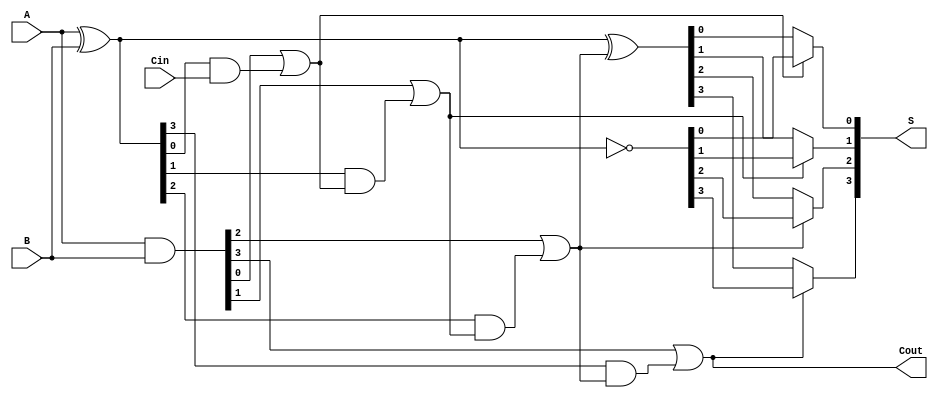
module ConditionalSumAdder #(parameter n = 4) (
    input  [n-1:0] A,      // First n-bit input
    input  [n-1:0] B,      // Second n-bit input
    input         Cin,      // Carry-in
    output [n-1:0] S,      // n-bit sum output
    output        Cout      // Carry-out
);

    // Generate and Propagate signals
    wire [n-1:0] G; // Generate signals
    wire [n-1:0] P; // Propagate signals
    wire [n:0] C;   // Carry signals

    // Generate and Propagate calculations
    assign G = A & B;          // G[i] = A[i] & B[i]
    assign P = A ^ B;          // P[i] = A[i] ^ B[i]

    // Carry signal calculations
    assign C[0] = Cin;         // C[0] = Cin
    genvar i;
    generate
        for (i = 1; i <= n; i = i + 1) begin : carry_generation
            assign C[i] = G[i-1] | (P[i-1] & C[i-1]); // C[i] = G[i-1] | (P[i-1] & C[i-1])
        end
    endgenerate

    // Sum calculations
    wire [n-1:0] S0; // Sum if carry is 0
    wire [n-1:0] S1; // Sum if carry is 1

    assign S0 = P ^ C[n-1]; // S0[i] = P[i] ^ C[i]
    assign S1 = ~P;         // S1[i] = ~P[i]

    // Final sum selection based on carry
    generate
        for (i = 0; i < n; i = i + 1) begin : sum_selection
            assign S[i] = C[i+1] ? S1[i] : S0[i]; // S[i] = (C[i+1] ? S1[i] : S0[i])
        end
    endgenerate

    // Final carry-out
    assign Cout = C[n]; // Cout = C[n]

endmodule